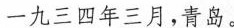
一九三四年三月,青岛。